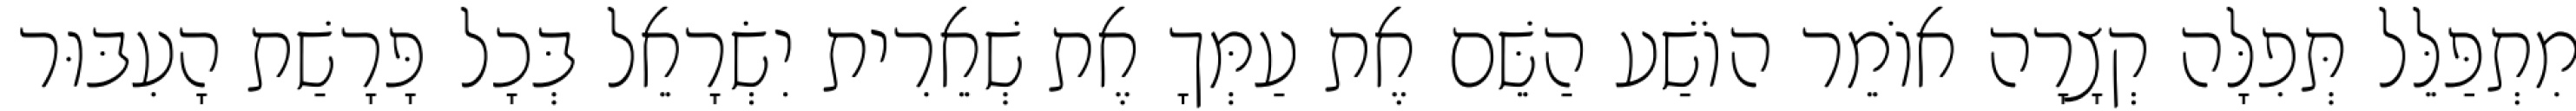
מִתְפַּלֵּל תְּפִלָּה קְצָרָה אוֹמֵר הוֹשַׁע הַשֵּׁם אֶת עַמְּךָ אֶת שְׁאֵרִית יִשְׂרָאֵל בְּכָל פָּרָשַׁת הָעִבּוּר